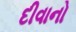
દીવાનો